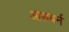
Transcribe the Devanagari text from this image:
आसबर्न